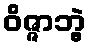
ဝိဇ္ဇာဘွဲ့